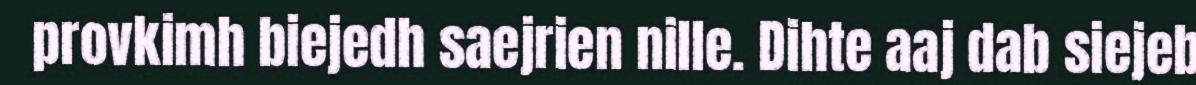
provkimh biejedh saejrien nille. Dihte aaj dab siejeb